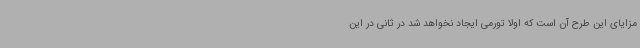
مزایای این طرح آن است که اولا تورمی ایجاد نخواهد شد در ثانی در این